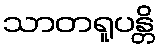
သာတရူပန္တိ